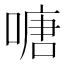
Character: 𠹔